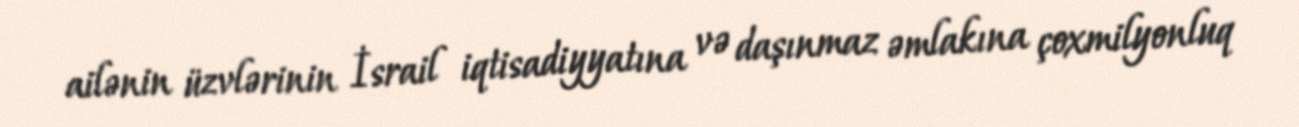
ailənin üzvlərinin İsrail iqtisadiyyatına və daşınmaz əmlakına çoxmilyonluq